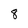
Character: 8